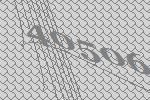
40506